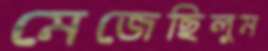
মেজেছিলুম